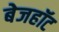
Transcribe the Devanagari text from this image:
बेजहॉट